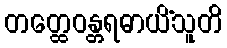
တတ္ထေဝန္တရဓာယိံသူတိ